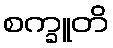
စက္ခူတိ